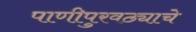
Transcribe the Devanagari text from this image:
पाणीपुरवठ्याचे